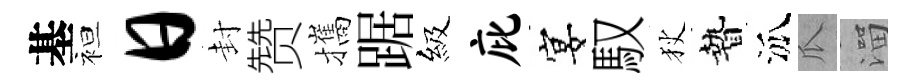
基袒日封赞攜踞級庇宴馭狄贄泒瓜溜